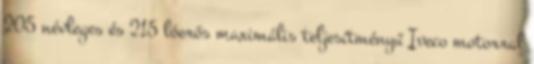
205 névleges és 215 lóerős maximális teljesítményű Iveco motorral